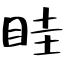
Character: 眭